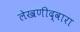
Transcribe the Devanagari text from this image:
लेखणीद्वारा